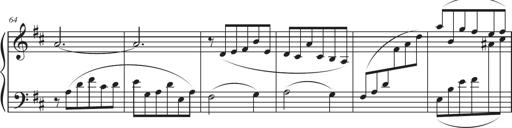
Title: Sonatina in D major
Composer: Shota Saitoh
Key: D major